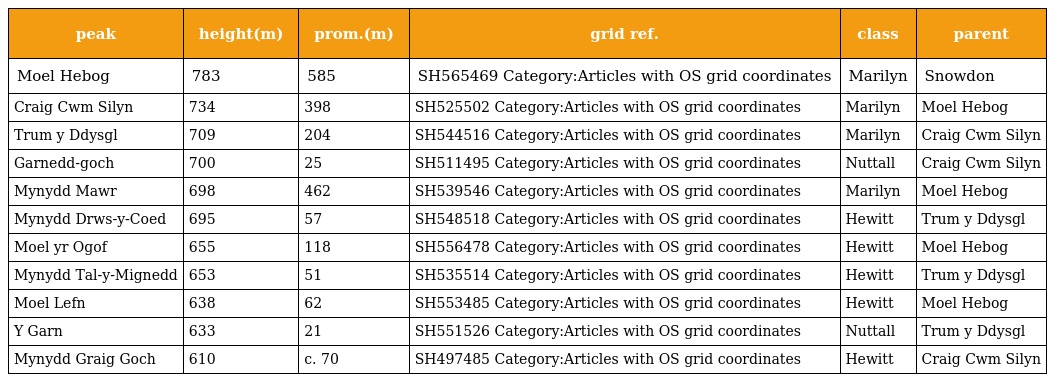
| peak | height(m) | prom.(m) | grid ref. | class | parent |
 | --- | --- | --- | --- | --- | --- |
 | Moel Hebog | 783 | 585 | SH565469 Category:Articles with OS grid coordinates | Marilyn | Snowdon |
 | Craig Cwm Silyn | 734 | 398 | SH525502 Category:Articles with OS grid coordinates | Marilyn | Moel Hebog |
 | Trum y Ddysgl | 709 | 204 | SH544516 Category:Articles with OS grid coordinates | Marilyn | Craig Cwm Silyn |
 | Garnedd-goch | 700 | 25 | SH511495 Category:Articles with OS grid coordinates | Nuttall | Craig Cwm Silyn |
 | Mynydd Mawr | 698 | 462 | SH539546 Category:Articles with OS grid coordinates | Marilyn | Moel Hebog |
 | Mynydd Drws-y-Coed | 695 | 57 | SH548518 Category:Articles with OS grid coordinates | Hewitt | Trum y Ddysgl |
 | Moel yr Ogof | 655 | 118 | SH556478 Category:Articles with OS grid coordinates | Hewitt | Moel Hebog |
 | Mynydd Tal-y-Mignedd | 653 | 51 | SH535514 Category:Articles with OS grid coordinates | Hewitt | Trum y Ddysgl |
 | Moel Lefn | 638 | 62 | SH553485 Category:Articles with OS grid coordinates | Hewitt | Moel Hebog |
 | Y Garn | 633 | 21 | SH551526 Category:Articles with OS grid coordinates | Nuttall | Trum y Ddysgl |
 | Mynydd Graig Goch | 610 | c. 70 | SH497485 Category:Articles with OS grid coordinates | Hewitt | Craig Cwm Silyn |